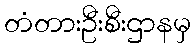
တံတားဦးစီးဌာနမှ